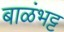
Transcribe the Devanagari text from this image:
बाळंभट्ट